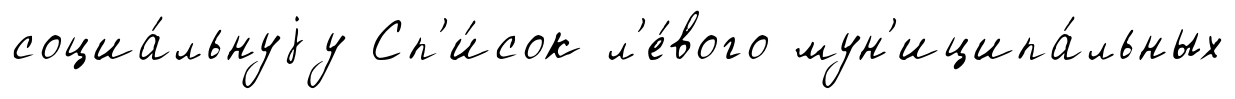
социа́льнуjу Сп'и́сок л'е́вого мун'иципа́льных